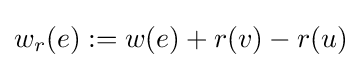
w_{r}(e):=w(e)+r(v)-r(u)